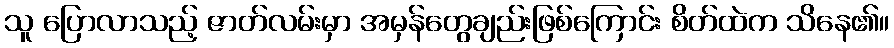
သူ ပြောလာသည့် ဇာတ်လမ်းမှာ အမှန်တွေချည်းဖြစ်ကြောင်း စိတ်ထဲက သိနေ၏။